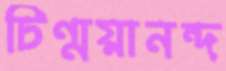
চিন্ময়ানন্দ